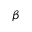
\beta